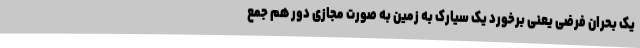
یک بحران فرضی یعنی برخورد یک سیارک به زمین به صورت مجازی دور هم جمع